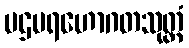
ပဌမရဟောဂတသုတ္တံ